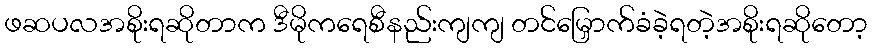
ဖဆပလအစိုးရဆိုတာက ဒီမိုကရေစီနည်းကျကျ တင်မြှောက်ခံခဲ့ရတဲ့အစိုးရဆိုတော့